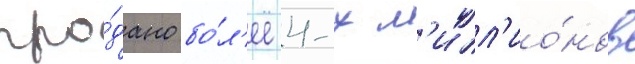
про́дано бо́л'ее 4-х м'илл'ио́нов